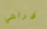
فراشي